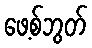
ဖေ့စ်ဘွတ်